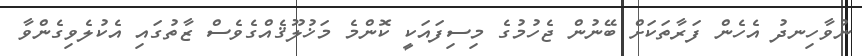
ނުވާހިނދު އެހެން ފަރާތަކަށް ބޭނުން ޖެހުމުގެ މިސިފައަކީ ކޮންމެ މަޚުލޫޤެއްގެވެސް ޒާތުގައި އެކުލެވިގެންވާ